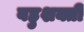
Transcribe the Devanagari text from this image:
बहुशक्ती